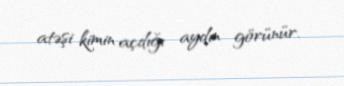
atəşi kimin açdığı aydın görünür.